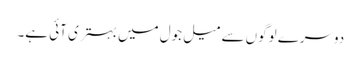
دوسرے لوگوں سے میل جول میں بہتری آئی ہے۔